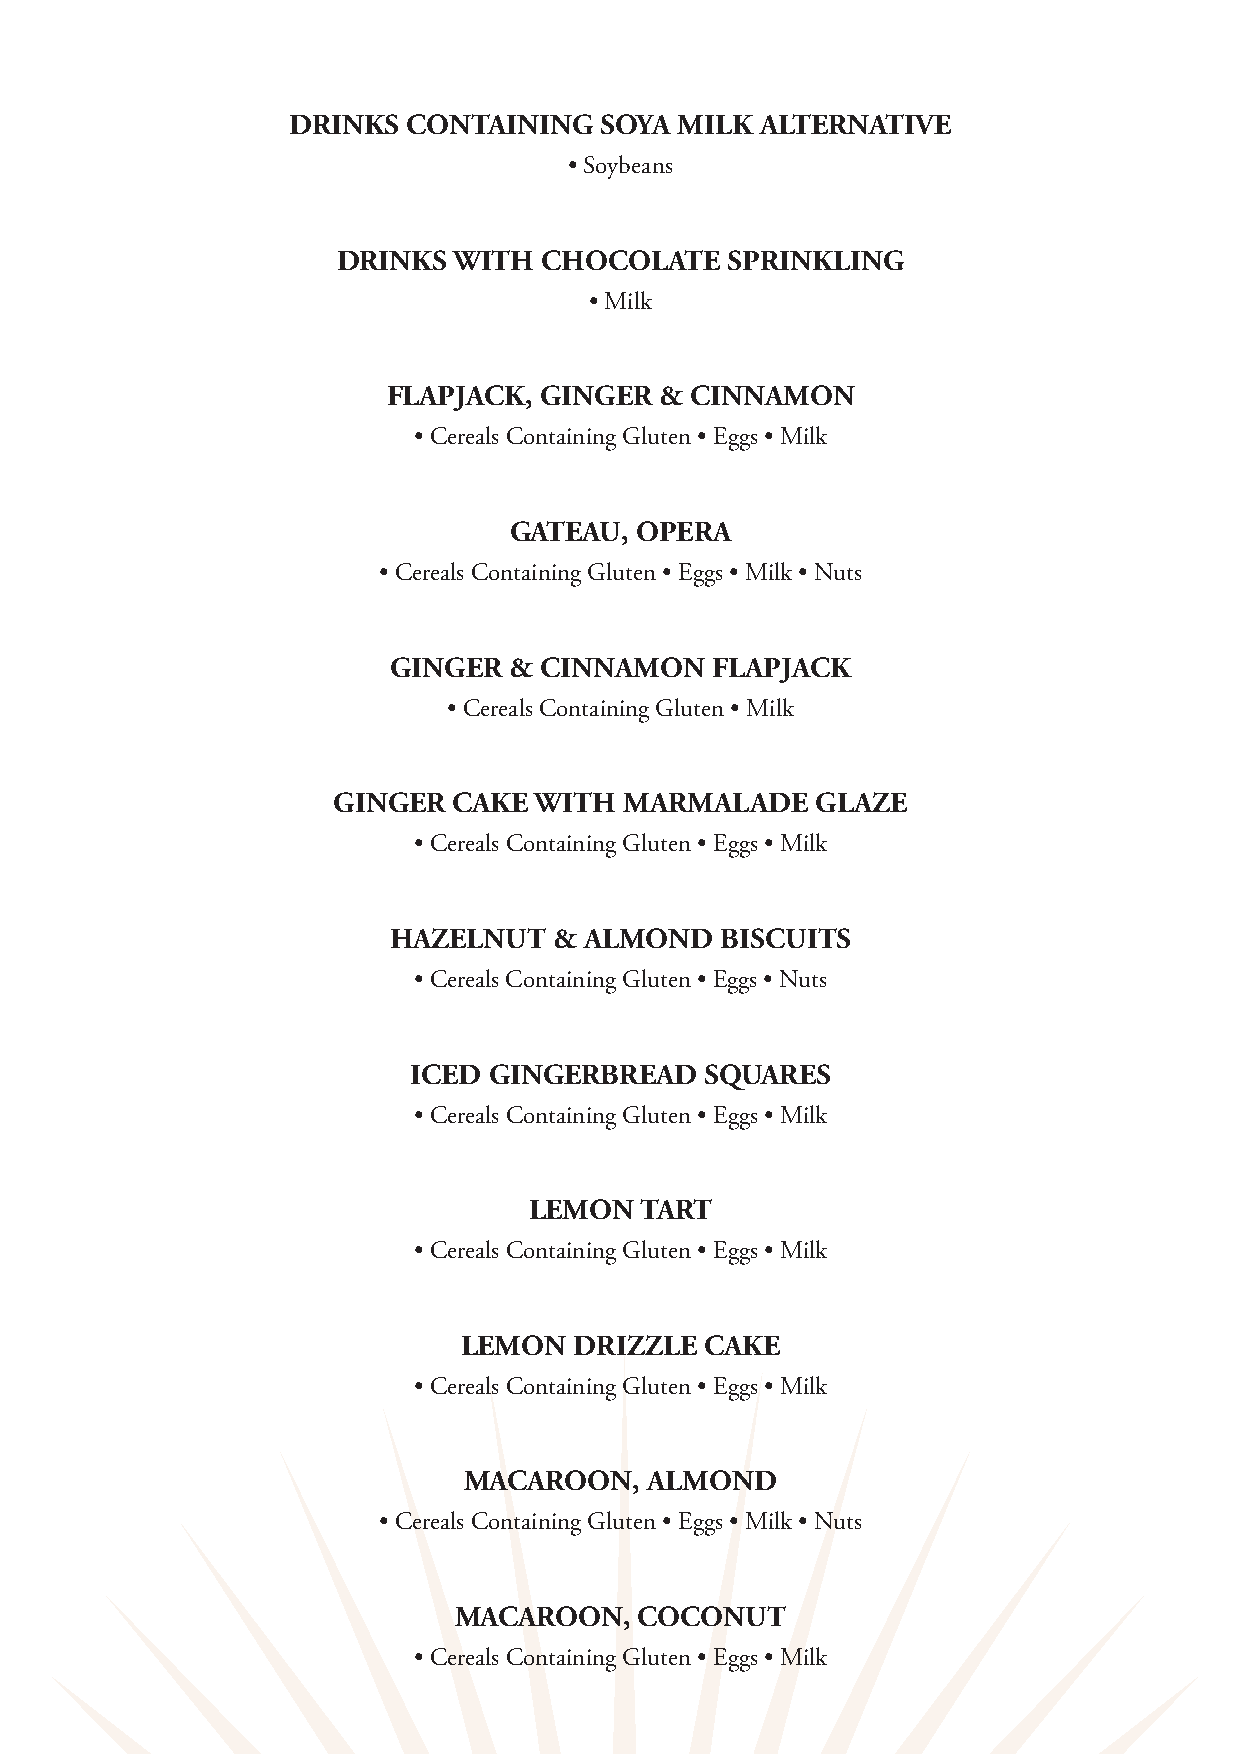
DRINKS  CONTAINING   SOYA MILK ALTERNATIVE
 • Soybeans
 DRINKS  WITH  CHOCOLATE   SPRINKLING
 • Milk
 FLAPJACK, GINGER  & CINNAMON
 • Cereals Containing Gluten • Eggs • Milk
 GATEAU, OPERA
 • Cereals Containing Gluten • Eggs • Milk • Nuts
 GINGER  & CINNAMON   FLAPJACK
 • Cereals Containing Gluten • Milk
 GINGER  CAKE WITH  MARMALADE    GLAZE
 • Cereals Containing Gluten • Eggs • Milk
 HAZELNUT   & ALMOND   BISCUITS
 • Cereals Containing Gluten • Eggs • Nuts
 ICED GINGERBREAD    SQUARES
 • Cereals Containing Gluten • Eggs • Milk
 LEMON  TART
 • Cereals Containing Gluten • Eggs • Milk
 LEMON   DRIZZLE  CAKE
 • Cereals Containing Gluten • Eggs • Milk
 MACAROON,   ALMOND
 • Cereals Containing Gluten • Eggs • Milk • Nuts
 MACAROON,   COCONUT
 • Cereals Containing Gluten • Eggs • Milk